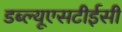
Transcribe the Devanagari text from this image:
डब्ल्यूएसटीईसी